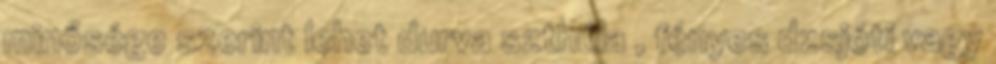
minősége szerint lehet durva szthúla , fényes dzsjóti vagy